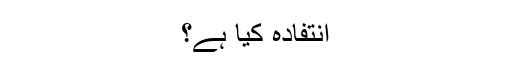
انتفادہ کیا ہے؟